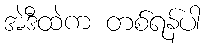
အဲဒီထဲက တစ်ရန်ပါ